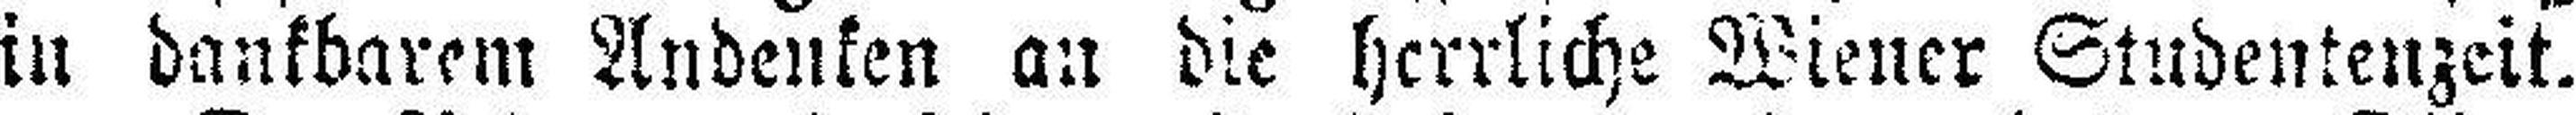
in dankbarem Andenken an die herrliche Wiener Studentenzeit.